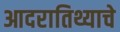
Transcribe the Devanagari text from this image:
आदरातिथ्याचे